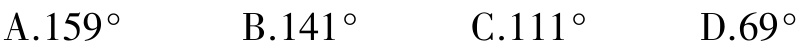
A.$159^{\circ}$  B.$141^{\circ}$  C.$111^{\circ}$  D.$69^{\circ}$